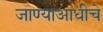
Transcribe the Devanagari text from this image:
जाण्याआधीचे